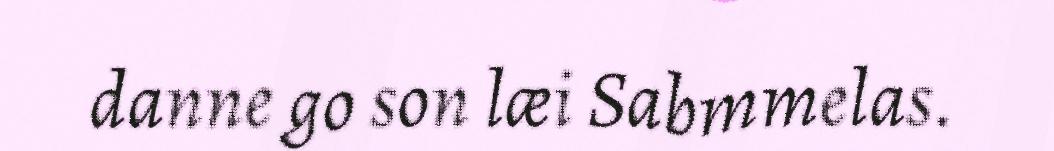
danne go son læi Sabmmelas.